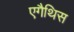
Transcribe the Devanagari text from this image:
एगैथिस